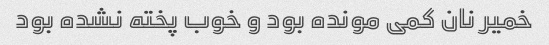
خمیر نان کمی مونده بود و خوب پخته نشده بود